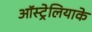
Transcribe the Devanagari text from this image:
ऑस्ट्रेलियाके